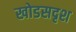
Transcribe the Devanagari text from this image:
खोडसदृश